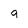
Character: 9